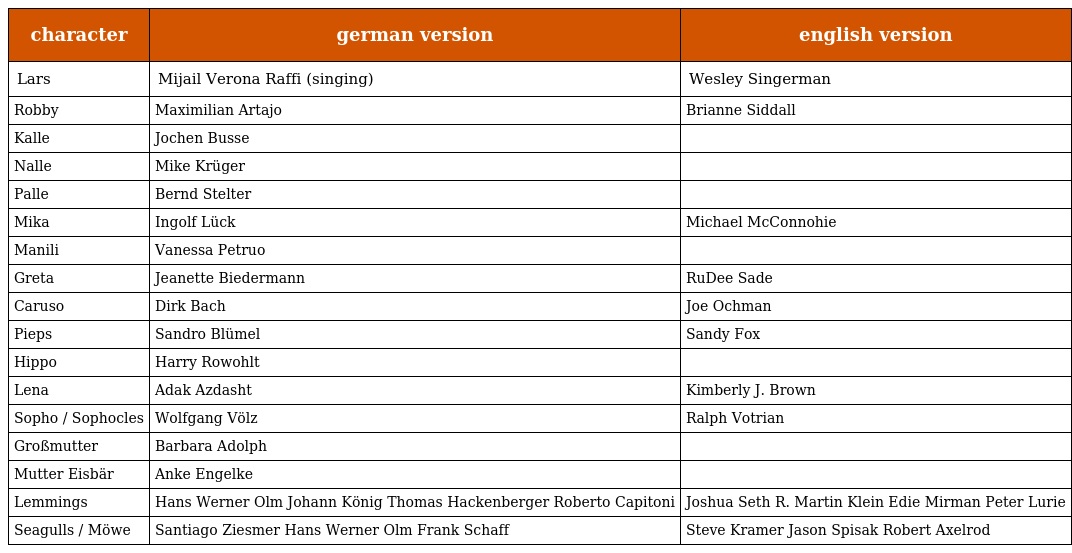
| character | german version | english version |
 | --- | --- | --- |
 | Lars | Mijail Verona Raffi (singing) | Wesley Singerman |
 | Robby | Maximilian Artajo | Brianne Siddall |
 | Kalle | Jochen Busse |  |
 | Nalle | Mike Krüger |  |
 | Palle | Bernd Stelter |  |
 | Mika | Ingolf Lück | Michael McConnohie |
 | Manili | Vanessa Petruo |  |
 | Greta | Jeanette Biedermann | RuDee Sade |
 | Caruso | Dirk Bach | Joe Ochman |
 | Pieps | Sandro Blümel | Sandy Fox |
 | Hippo | Harry Rowohlt |  |
 | Lena | Adak Azdasht | Kimberly J. Brown |
 | Sopho / Sophocles | Wolfgang Völz | Ralph Votrian |
 | Großmutter | Barbara Adolph |  |
 | Mutter Eisbär | Anke Engelke |  |
 | Lemmings | Hans Werner Olm Johann König Thomas Hackenberger Roberto Capitoni | Joshua Seth R. Martin Klein Edie Mirman Peter Lurie |
 | Seagulls / Möwe | Santiago Ziesmer Hans Werner Olm Frank Schaff | Steve Kramer Jason Spisak Robert Axelrod |